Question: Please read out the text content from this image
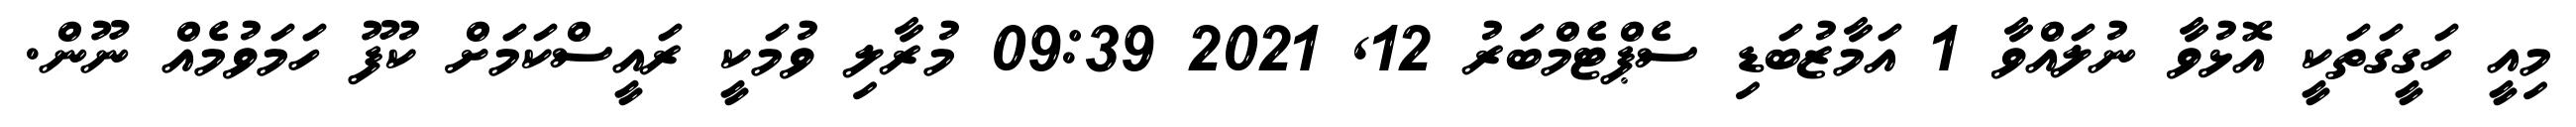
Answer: މިއީ ހަގީގަތަކީ އޮޅުވާ ނުލައްވާ 1 އަމާޒުބަޑި ސެޕްޓެމްބަރު 12, 2021 09:39 މުރާލި ވުމަކީ ރައީސްކަމަށް ކުފޫ ހަމަވުމެއް ނޫން.